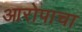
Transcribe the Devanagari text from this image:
आरोपाचा